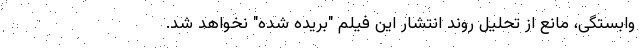
وابستگی، مانع از تحلیل روند انتشار این فیلم "بریده شده" نخواهد شد.